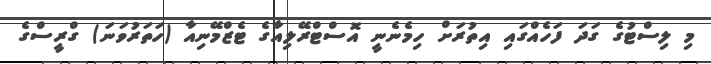
މި ލިސްޓުގެ ގަދަ ފަހެއްގައި އިތުރަށް ހިމެނެނީ އޮސްޓްރޭލިއާގެ ޓެޒްމޭނިއާ (ހަތަރުވަނަ) ގްރީސްގެ